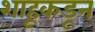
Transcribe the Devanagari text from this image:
शाहूकडून